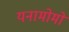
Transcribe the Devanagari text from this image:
यनामोमो